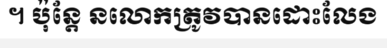
។ ប៉ុន្តែ នលោកត្រូវបានដោះលែង